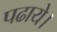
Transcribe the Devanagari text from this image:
पढाये।